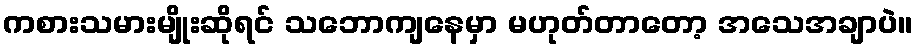
ကစားသမားမျိုးဆိုရင် သဘောကျနေမှာ မဟုတ်တာတော့ အသေအချာပဲ။